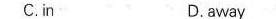
C.in D.away